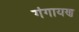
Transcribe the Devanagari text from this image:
गंगायण